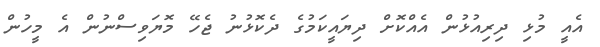
އެއީ މުޅި ދިރިއުޅުން އެއްކޮށް ދިޔައީކަމުގެ ދެކޮޅުނު ޖެހޭ މޮޔަވިސްނުން އެ މީހުން